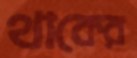
থাকের